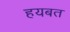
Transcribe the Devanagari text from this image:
हयबत